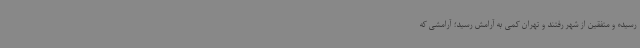
رسیده و متفقین از شهر ‌رفتند و تهران کمی به آرامش رسید؛ آرامشی که